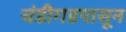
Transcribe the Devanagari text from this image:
चंडीगडपासून